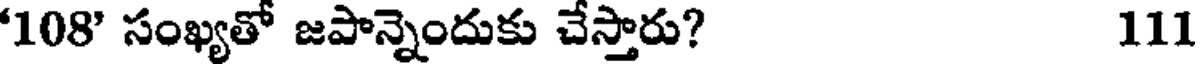
108' సంఖ్యతో జపాన్నెందుకు చేస్తారు? 111